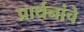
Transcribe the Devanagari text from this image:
प्रार्थनांचे